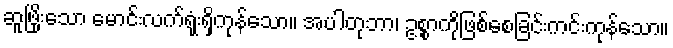
ဆူဖြိုးသော မောင်းလက်ရုံးရှိကုန်သော။ အပါတုဘာ၊ ဥစ္စာကိုဖြစ်စေခြင်းကင်းကုန်သော။